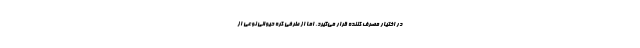
در اختیار مصرف کننده قرار می‌گیرد. اما از طرفی کره حیوانی نوعی از